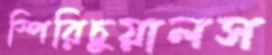
স্পিরিচুয়ালস